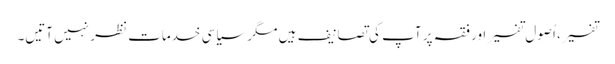
تفسیر، اُصول تفسیر اور فقہ پر آپ کی تصانیف ہیں مگر سیاسی خدمات نظر نہیں آتیں۔